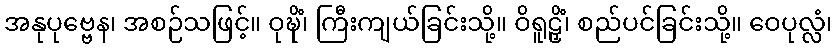
အနုပုဗ္ဗေန၊ အစဉ်သဖြင့်။ ဝုဍ္ဎိံ၊ ကြီးကျယ်ခြင်းသို့။ ဝိရူဠှိံ၊ စည်ပင်ခြင်းသို့။ ဝေပုလ္လံ၊